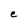
Character: e